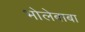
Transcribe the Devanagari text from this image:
भोलेबाबा